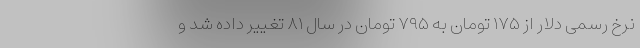
نرخ رسمی دلار از ۱۷۵ تومان به ۷۹۵ تومان در سال ۸۱ تغییر داده شد و